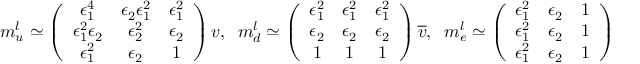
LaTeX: m _ { u } ^ { l } \simeq \left( \begin{array} { c c c } { { \epsilon _ { 1 } ^ { 4 } } } & { { \epsilon _ { 2 } \epsilon _ { 1 } ^ { 2 } } } & { { \epsilon _ { 1 } ^ { 2 } } } \\ { { \epsilon _ { 1 } ^ { 2 } \epsilon _ { 2 } } } & { { \epsilon _ { 2 } ^ { 2 } } } & { { \epsilon _ { 2 } } } \\ { { \epsilon _ { 1 } ^ { 2 } } } & { { \epsilon _ { 2 } } } & { { 1 } } \end{array} \right) v , \; \; m _ { d } ^ { l } \simeq \left( \begin{array} { c c c } { { \epsilon _ { 1 } ^ { 2 } } } & { { \epsilon _ { 1 } ^ { 2 } } } & { { \epsilon _ { 1 } ^ { 2 } } } \\ { { \epsilon _ { 2 } } } & { { \epsilon _ { 2 } } } & { { \epsilon _ { 2 } } } \\ { { 1 } } & { { 1 } } & { { 1 } } \end{array} \right) \overline { { { v } } } , \; \; m _ { e } ^ { l } \simeq \left( \begin{array} { c c c } { { \epsilon _ { 1 } ^ { 2 } } } & { { \epsilon _ { 2 } } } & { { 1 } } \\ { { \epsilon _ { 1 } ^ { 2 } } } & { { \epsilon _ { 2 } } } & { { 1 } } \\ { { \epsilon _ { 1 } ^ { 2 } } } & { { \epsilon _ { 2 } } } & { { 1 } } \end{array} \right) \overline { { { v } } } , \; \;